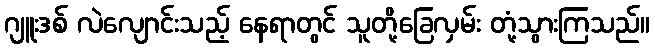
ဂျူးဒစ် လဲလျောင်းသည့် နေရာတွင် သူတို့ခြေလှမ်း တုံ့သွားကြသည်။